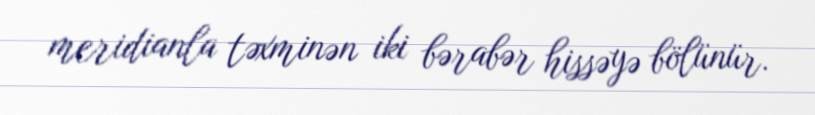
meridianla təxminən iki bərabər hissəyə bölünür.